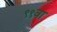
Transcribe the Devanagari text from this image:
९९वा